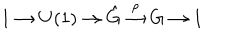
LaTeX: 1 \to U ( 1 ) \to \hat { G } \stackrel { \rho } { \to } G \to 1